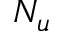
N _ { u }